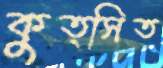
কুত্সিত